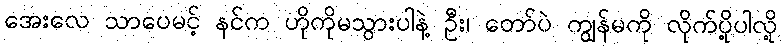
အေးလေ သာပေမင့် နင်က ဟိုကိုမသွားပါနဲ့ ဦး၊ တော်ပဲ ကျွန်မကို လိုက်ပို့ပါလို့